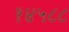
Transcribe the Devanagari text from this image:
१४५८८